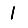
Digit: 1